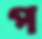
প